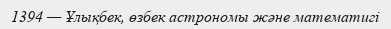
1394 — Ұлықбек, өзбек астрономы және математигі